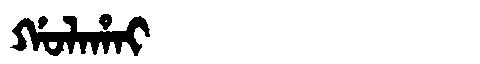
Manchu: ᡤᠣᠯᠠᡥᠠᡳ
Romanization: GOLAHAI